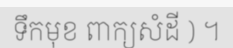
ទឹកមុខ ពាក្យសំដី ) ។